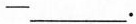
—___.